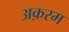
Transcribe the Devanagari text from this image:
अक़रम